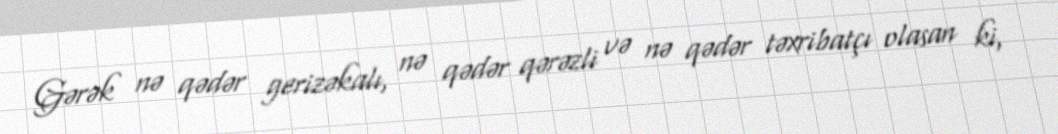
Gərək nə qədər gerizəkalı, nə qədər qərəzli və nə qədər təxribatçı olasan ki,